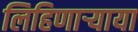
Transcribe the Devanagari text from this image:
लिहिणार्‍याया